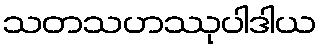
သတသဟဿုပါဒါယ